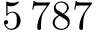
5 \, 7 8 7